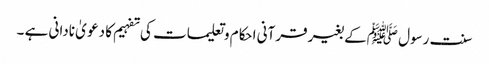
سنت رسول ﷺکے بغیر قرآنی احکام وتعلیمات کی تفہیم کا دعو یٰ نادانی ہے ۔